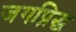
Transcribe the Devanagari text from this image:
जगप्रिद्ध